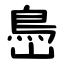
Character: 㠀